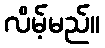
လိမ့်မည်။